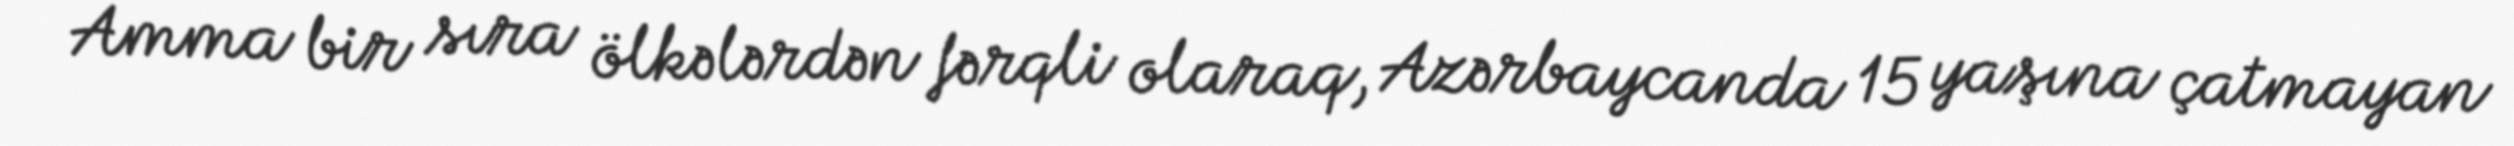
Amma bir sıra ölkələrdən fərqli olaraq, Azərbaycanda 15 yaşına çatmayan